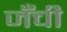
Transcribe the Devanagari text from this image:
जँची